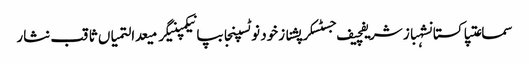
سماعتپاکستانشہباز شریفچیف جسٹسکرپشنازخود نوٹسپنجابپانیکمپنیگرمیعدالتمیاں ثاقب نثار